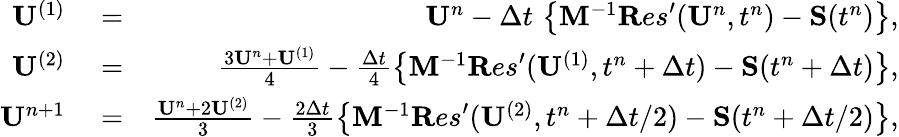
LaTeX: \begin{array}{rlr}{{\mathbf U}^{(1)}}&{{}=}&{{\mathbf U}^{n}-\Delta t\, \left\{ {\mathbf M}^{-1}{\mathbf Res}^{\prime}({\mathbf U}^{n},t^{n})-{\mathbf S}(t^{n})\right\} ,}\\ {{\mathbf U}^{(2)}}&{{}=}&{\frac{3{\mathbf U}^{n}+{\mathbf U}^{(1)}}{4}-\frac{\Delta t}{4}\left\{ {\mathbf M}^{-1}{\mathbf Res}^{\prime}({\mathbf U}^{(1)},t^{n}+\Delta t)-{\mathbf S}(t^{n}+\Delta t)\right\} ,}\\ {{\mathbf U}^{n+1}}&{{}=}&{\frac{{\mathbf U}^{n}+2{\mathbf U}^{(2)}}{3}-\frac{2\Delta t}{3}\left\{ {\mathbf M}^{-1}{\mathbf Res}^{\prime}({\mathbf U}^{(2)},t^{n}+\Delta t/2)-{\mathbf S}(t^{n}+\Delta t/2)\right\} ,}\end{array}